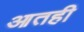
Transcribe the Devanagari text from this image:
आतही